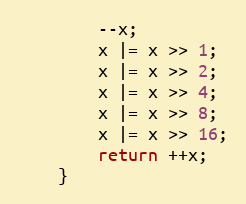
Language: Java
        --x;
        x |= x >> 1;
        x |= x >> 2;
        x |= x >> 4;
        x |= x >> 8;
        x |= x >> 16;
        return ++x;
    }